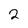
Character: 2